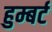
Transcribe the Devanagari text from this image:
हुम्बर्ट